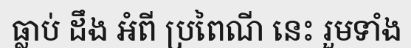
ធ្លាប់ ដឹង អំពី ប្រពៃណី នេះ រួមទាំង